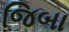
જિબા